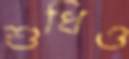
শুধিও